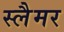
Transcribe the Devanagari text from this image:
स्लैमर